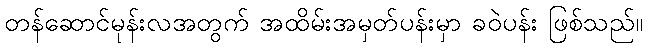
တန်ဆောင်မုန်းလအတွက် အထိမ်းအမှတ်ပန်းမှာ ခဝဲပန်း ဖြစ်သည်။